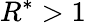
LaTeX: {R^{*}}>1